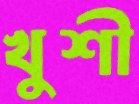
খুশী